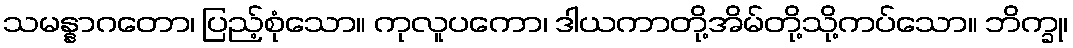
သမန္နာဂတော၊ ပြည့်စုံသော။ ကုလူပကော၊ ဒါယကာတို့အိမ်တို့သို့ကပ်သော။ ဘိက္ခု၊